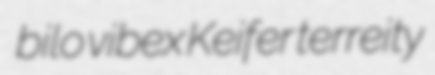
bilo vibex Keifer terreity